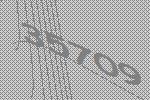
35709